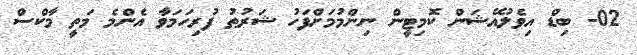
02- ބިޑް އިވެލުއޭޝަން ކޮމިޓީން ނިންމުމަށްފަހު ޝަރުޠު ފުރިހަމަވާ އެންމެ މަތީ މާކްސް